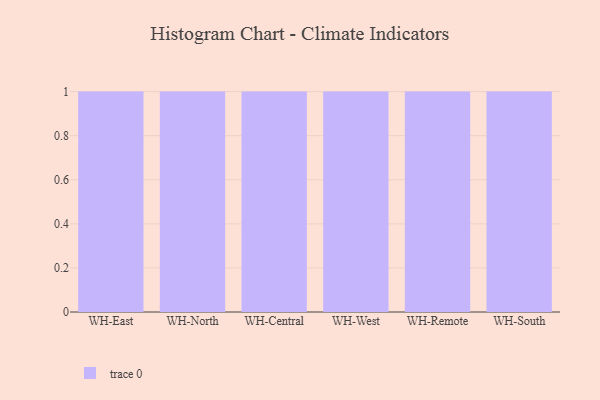
{"axis": {"x": "Warehouse", "y": "Operating Costs (USD K)"}, "legend": [""], "data": [{"x": "WH-East", "y": 69, "type": ""}, {"x": "WH-North", "y": 2, "type": ""}, {"x": "WH-Central", "y": 1, "type": ""}, {"x": "WH-West", "y": 35, "type": ""}, {"x": "WH-Remote", "y": 82, "type": ""}, {"x": "WH-South", "y": 21, "type": ""}]}